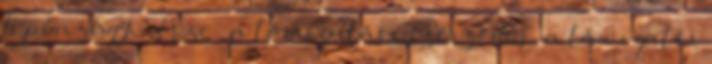
b pénzügyi része – a támogatási szerződés, a támogatói